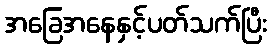
အခြေအနေနှင့်ပတ်သက်ပြီး